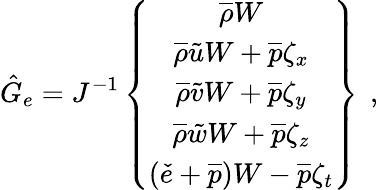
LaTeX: \hat{G}_{e}=J^{-1}\left\{ \begin{array}{c}{\overline{{\rho}}W}\\ {\overline{{\rho}}\tilde{u}W+\overline{{p}}\zeta_{x}}\\ {\overline{{\rho}}\tilde{v}W+\overline{{p}}\zeta_{y}}\\ {\overline{{\rho}}\tilde{w}W+\overline{{p}}\zeta_{z}}\\ {\left(\check{e}+\overline{{p}}\right)W-\overline{{p}}\zeta_{t}}\end{array}\right\} \, \mathrm{~,~}